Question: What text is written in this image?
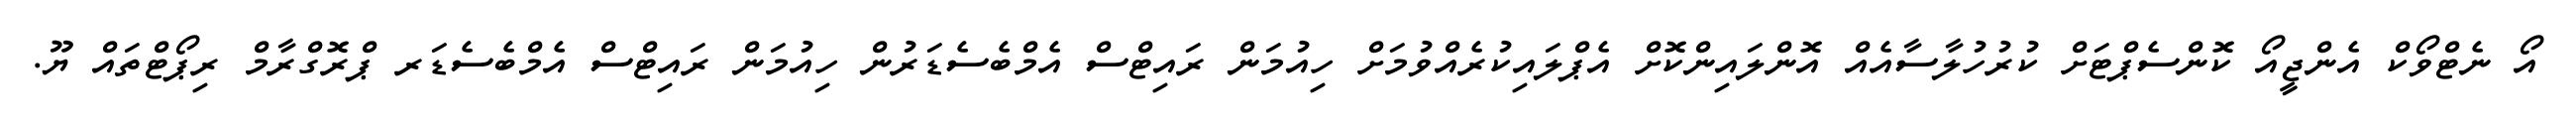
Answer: އޯ ނެޓްވޯކް އެންޖީއޯ ކޮންސެޕްޓަށް ކުރުހުލާސާއެއް އޮންލައިންކޮށް އެޕްލައިކުރެއްވުމަށް ހިއުމަން ރައިޓްސް އެމްބެސެޑަރުން ހިއުމަން ރައިޓްސް އެމްބެސެޑަރ ޕްރޮގްރާމް ރިޕޯޓްތައް ޔޫ.